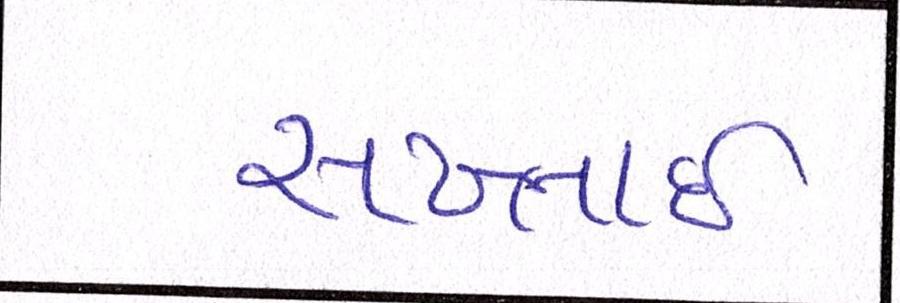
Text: સખ્તાઈ